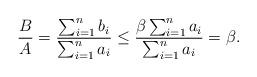
LaTeX: \begin{align*}\frac{B}{A} = \frac{ \sum_{i=1}^n b_i }{ \sum_{i=1}^n a_i} \leq\frac{ \beta \sum_{i=1}^n a_i }{ \sum_{i=1}^n a_i}= \beta.\end{align*}